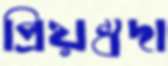
প্রিয়ম্বদা